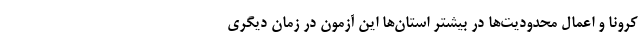
کرونا و اعمال محدودیت‌ها در بیشتر استان‌ها این آزمون در زمان دیگری